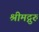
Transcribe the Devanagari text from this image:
श्रीमद्गुरुं